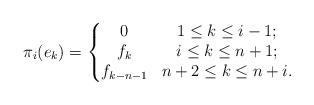
LaTeX: \begin{align*}{\pi_i}(e_k)=\left\{\begin{matrix} 0& 1\leq k\leq i-1;\\f_k & i\leq k\leq n+1;\\f_{k-n-1} & n+2\leq k\leq n+i.\end{matrix}\right.\end{align*}